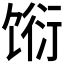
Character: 𬳆